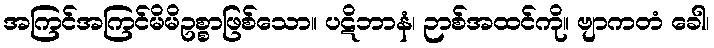
အကြင်အကြင်မိမိဥစ္စာဖြစ်သော။ ပဋိဘာနံ၊ ဉာစ်အထင်ကို။ ဗျာကတံ ခေါ၊